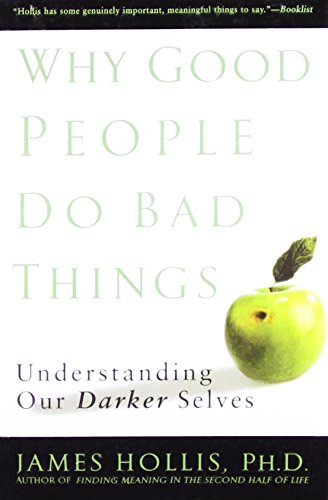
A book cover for Why Good People Do Bad Things: Understanding Our Darker Selves; James Hollis; Politics & Social Sciences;